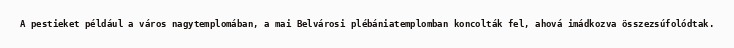
A pestieket például a város nagytemplomában, a mai Belvárosi plébániatemplomban koncolták fel, ahová imádkozva összezsúfolódtak.